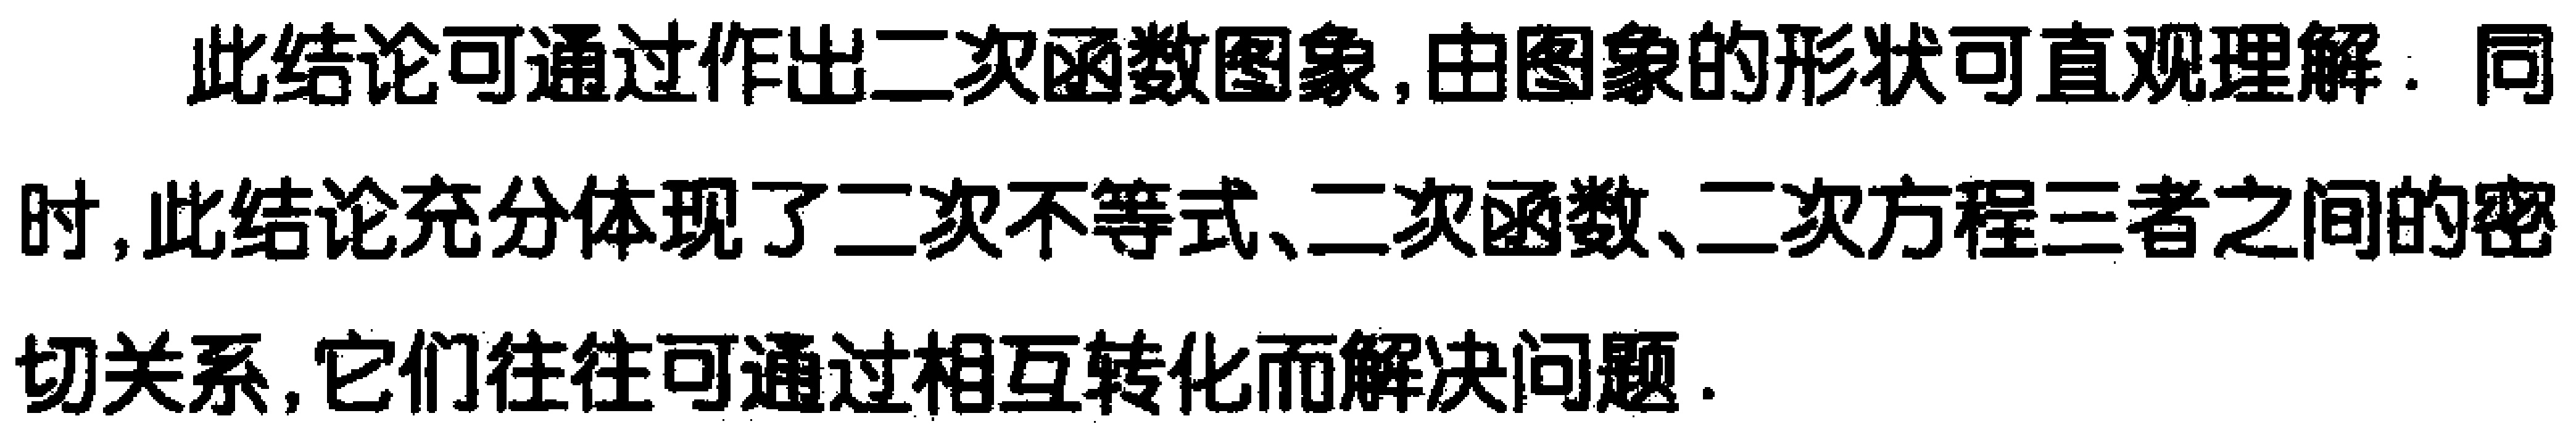
此结论可通过作出二次函数图象,由图象的形状可直观理解. 同时,此结论充分体现了二次不等式、二次函数、二次方程三者之间的密切关系,它们往往可通过相互转化而解决问题.